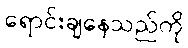
ရောင်းချနေသည်ကို